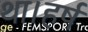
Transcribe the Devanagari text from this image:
था।हर्ष